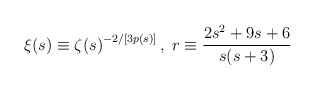
\begin{align*}{\xi}(s) \equiv {{\zeta}(s)}^{-2/[3p(s)]} \,,\; r \equiv \frac{2s^{2}+ 9s + 6}{s(s +3)} \end{align*}